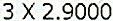
3 X 2.9000